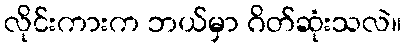
လိုင်းကားက ဘယ်မှာ ဂိတ်ဆုံးသလဲ။